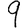
Digit: 9